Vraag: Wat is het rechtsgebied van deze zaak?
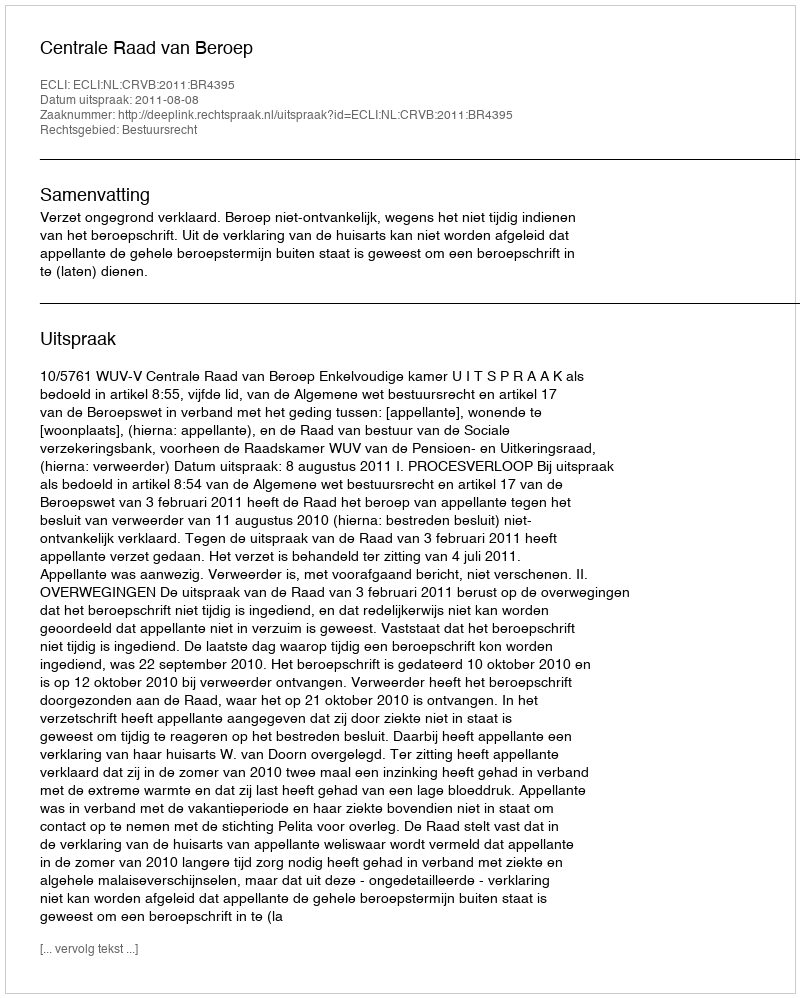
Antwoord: Bestuursrecht